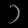
Digit: ၁